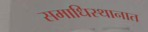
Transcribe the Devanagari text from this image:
समाधिस्थानात